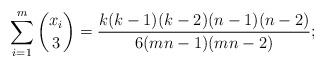
LaTeX: \begin{align*}\sum_{i=1}^m \binom{x_i}{3}=\frac{k(k-1)(k-2)(n-1)(n-2)}{6(mn-1)(mn-2)};\end{align*}